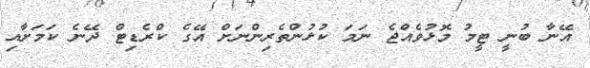
އޭނާ ބުނީ ޓީމު މޮޅުވެއްޖެ ނަމަ ކުޅުންތެރިންނަށް އޭގެ ކްރެޑިޓް ދޭނެ ކަމަށާއި